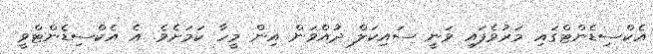
އެކްސިޑެންޓްގައި މަރުވެފައި ވަނީ ސައިކަލް ދުއްވަން އިން މީހާ ކަމަށެވެ. އެ އެކްސިޑެންޓްވީ